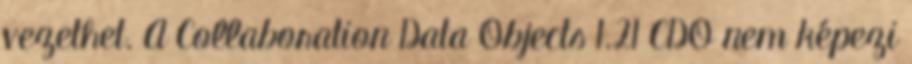
vezethet. A Collaboration Data Objects 1.21 CDO nem képezi